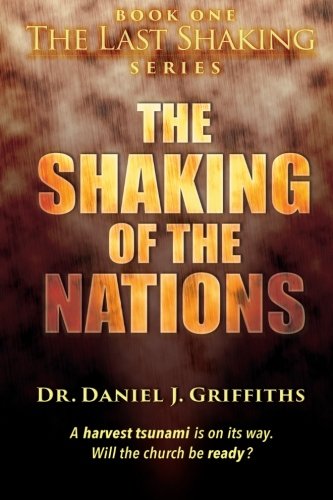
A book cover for The Shaking of the Nations (Volume 1); D.Min., Daniel J. Griffiths; Christian Books & Bibles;